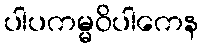
ပါပကမ္မဝိပါကေန